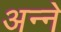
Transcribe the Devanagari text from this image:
अन्‍ने